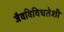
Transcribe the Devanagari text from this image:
जैवविविधतेशी